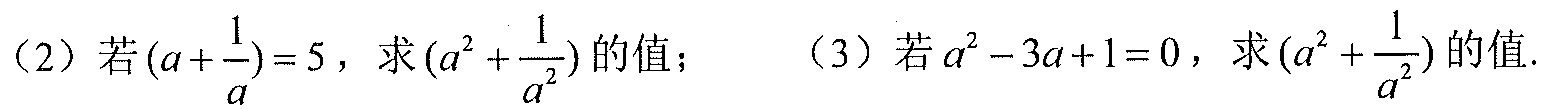
（2）若\((a + \frac{1}{a}) = 5\)，求\((a^{2}+\frac{1}{a^{2}})\)的值； （3）若\(a^{2}-3a + 1 = 0\)，求\((a^{2}+\frac{1}{a^{2}})\)的值.